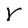
Character: y